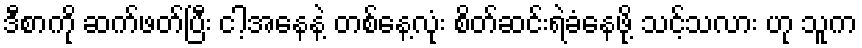
ဒီစာကို ဆက်ဖတ်ပြီး ငါ့အနေနဲ့ တစ်နေ့လုံး စိတ်ဆင်းရဲခံနေဖို့ သင့်သလား ဟု သူက